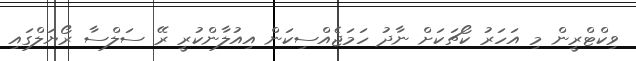
ވިކްޓްރީން މި އަހަރު ކޯޗަކަށް ނާދު ހަމަޖެއްސިކަން އިއުލާންކުރީ ރޭ ސަލްސާ ރޯޔަލްގައި